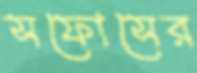
সফোসের